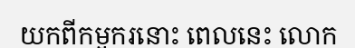
យកពីកម្មករនោះ ពេលនេះ លោក